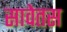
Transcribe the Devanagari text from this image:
सावेतस